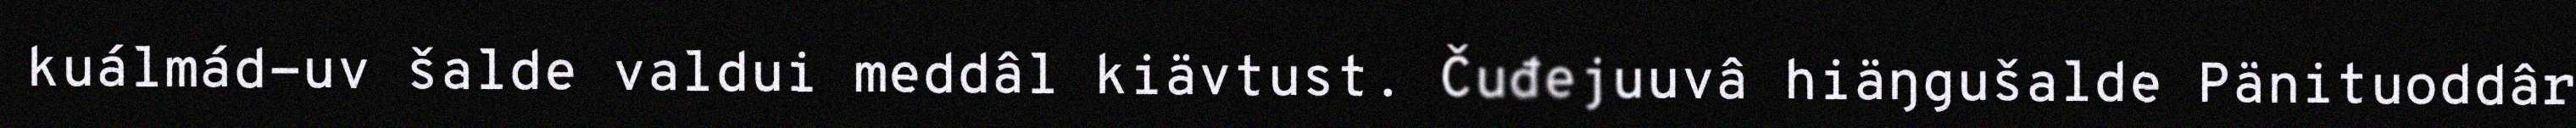
kuálmád-uv šalde valdui meddâl kiävtust. Čuđejuuvâ hiäŋgušalde Pänituoddâr